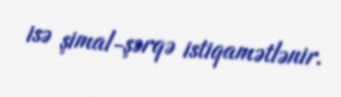
isə şimal-şərqə istiqamətlənir.